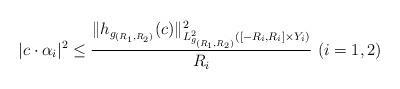
LaTeX: \begin{align*}| c \cdot \alpha_i |^2\leq \frac{\| h_{g_{(R_1, R_2)}}(c) \|^2_{L^2_{g_{(R_1, R_2)}}([-R_i, R_i] \times Y_i)}}{{R}_i}\ (i = 1, 2)\end{align*}